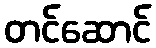
တင်ဆောင်